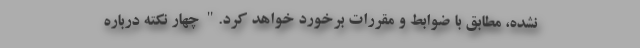
نشده، مطابق با ضوابط و مقررات برخورد خواهد کرد." چهار نکته درباره